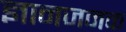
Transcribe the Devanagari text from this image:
ज्ञानजनक